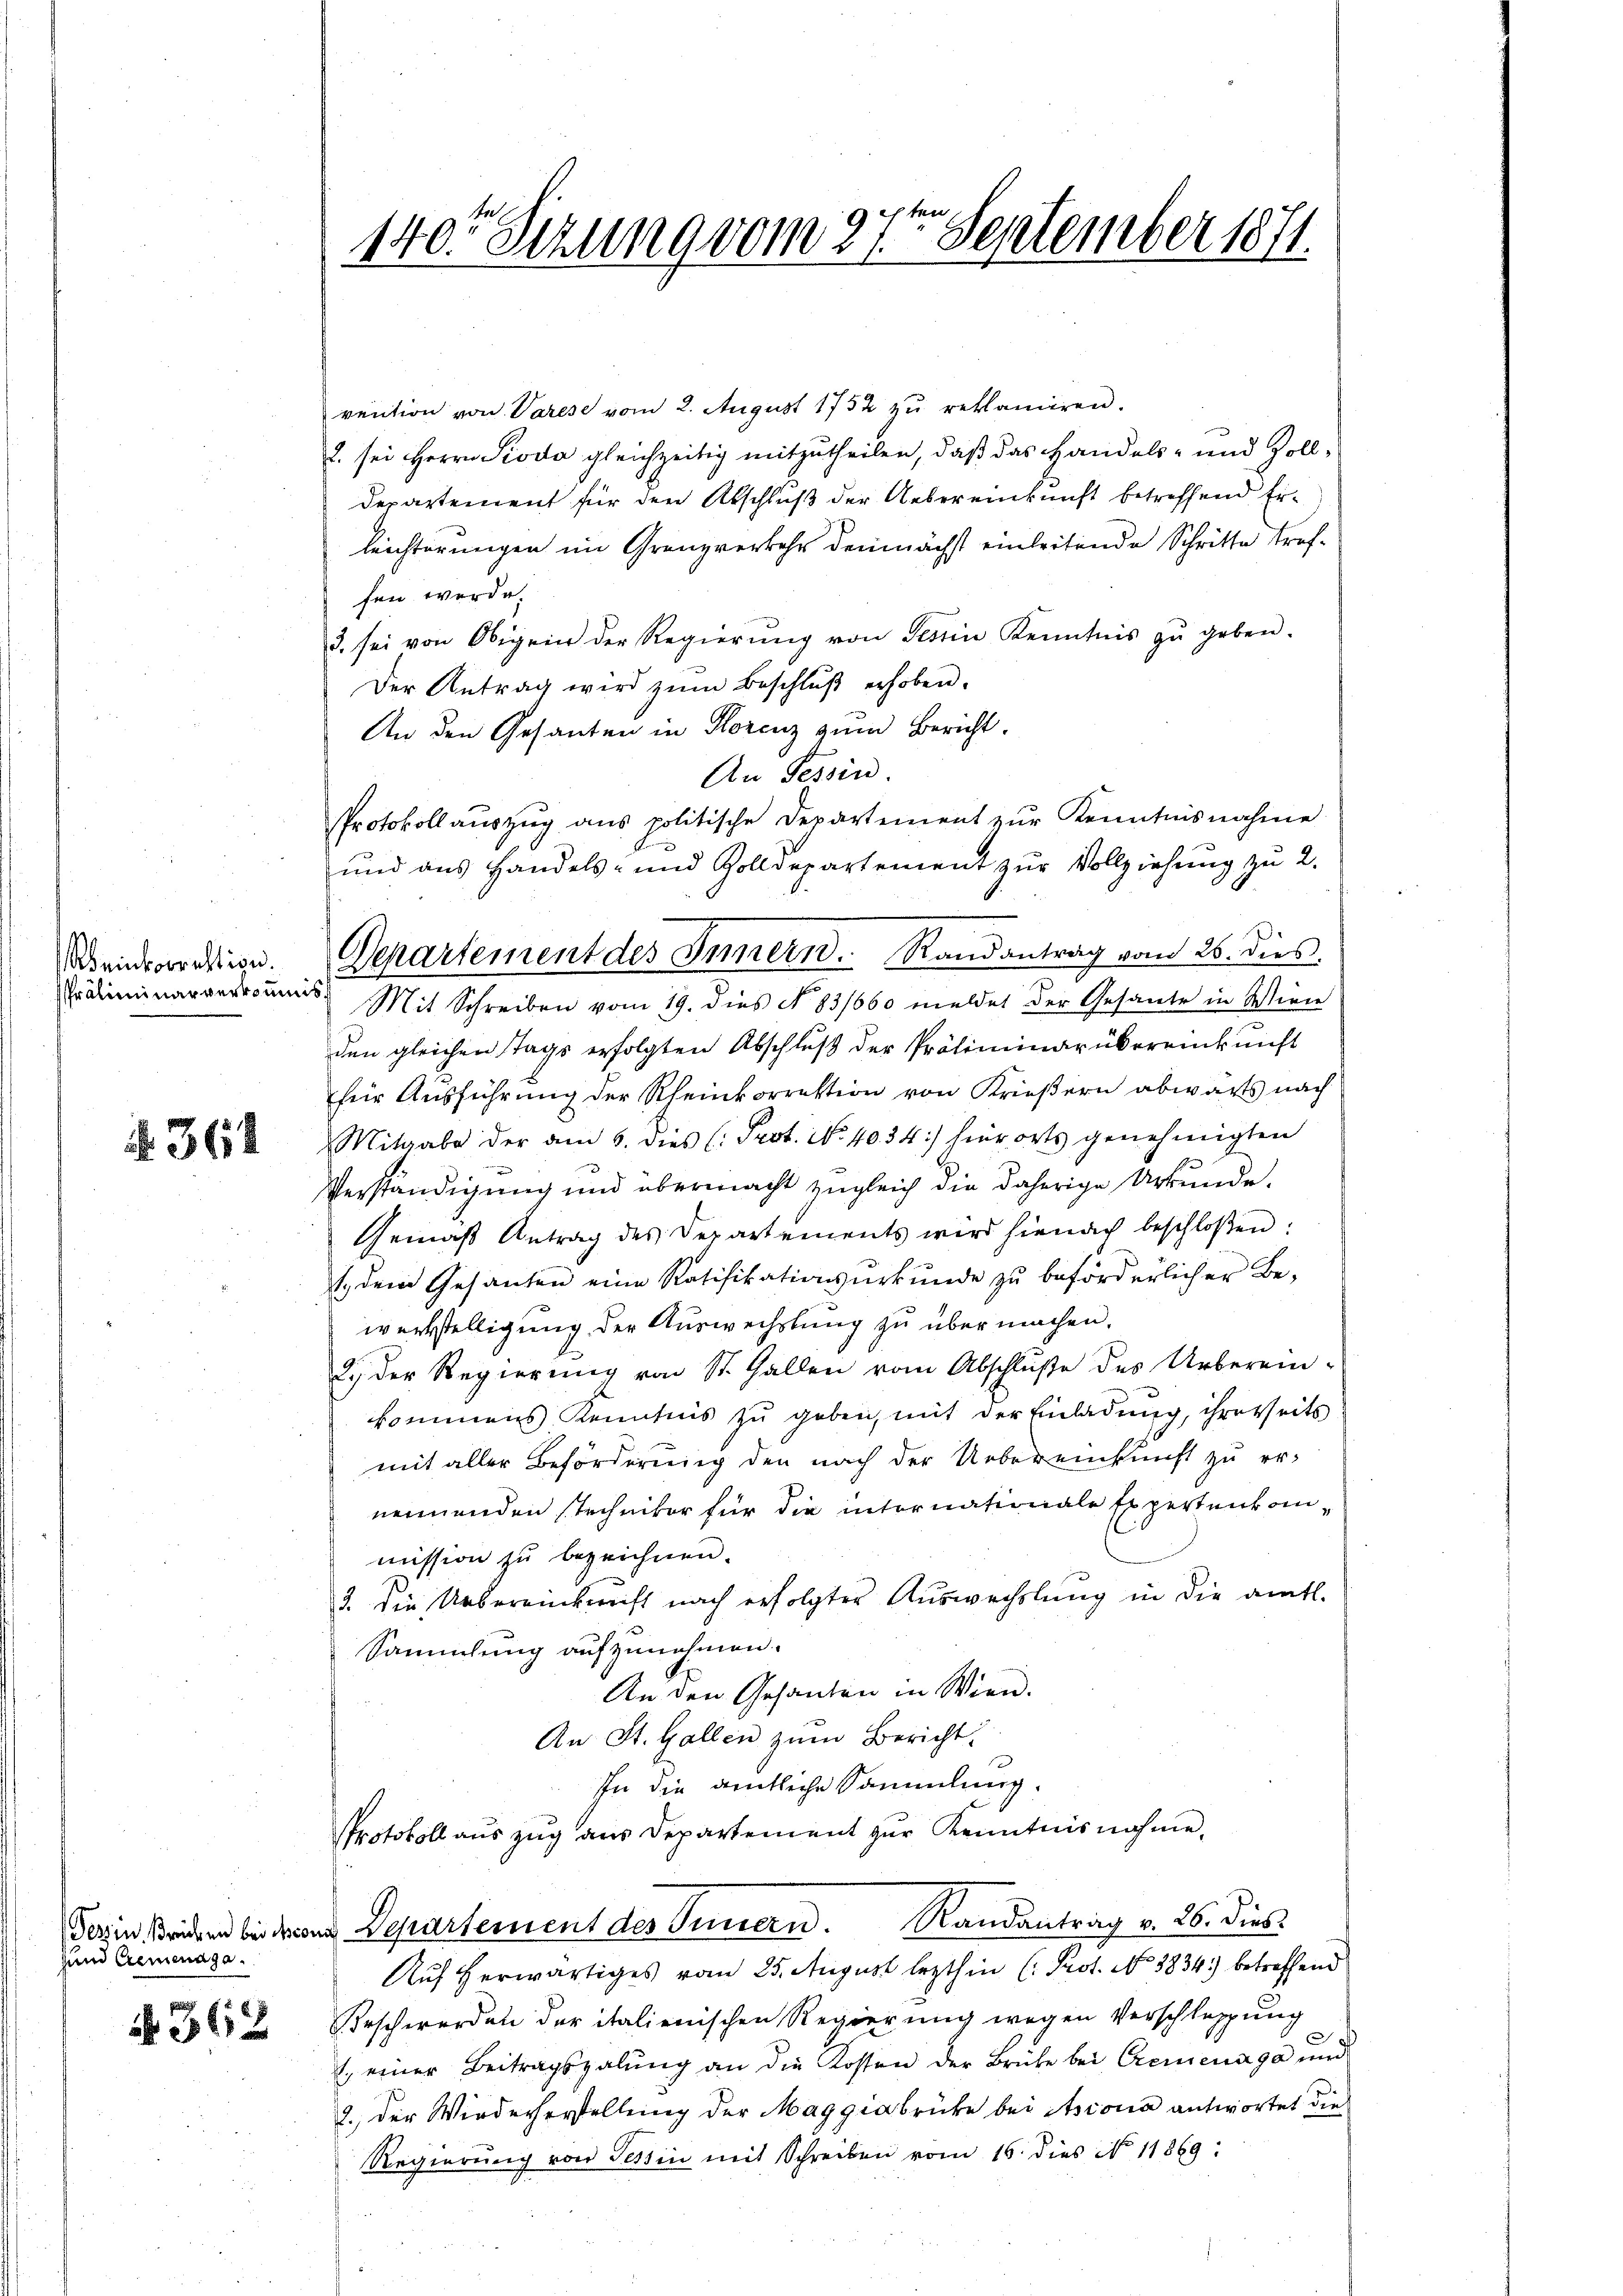
Weinkorrektion.
präliminarverkommis

362

Hund Cremenaga.

N 362

.
140. Sizung vom 11ten September 1871.

und aus Handels- und Zolldepartement zŭr Vollziehung zu 2.
Departement des Innern. Randantrag vom 26. dies
Mit Schreiben vom 19. dies No 83/660 meldet der Gesante in Wien

rention von Varese vom 2. August 1752 zu reklamiren.
2. sei Herrn Pioda gleichzeitig mitzutheilen, daß das Handels- und Zoll¬
Departement für den Abschluß der Uebereinkunft betreffend Erleichterungen im Grenzverkehr demnächst einleitende Schritte treffen werde.
3. sei von Obigen der Regierŭng von Testin Kenntnis zŭ geben.
Der Antrag wird zŭm Beschlŭβ erhoben.
An den Gesanten in Storenz zum Bericht.
An Tessin.
Protokoll aŭszŭg ans politische Departement zŭr Kenntnisnahme
den gleichen Tags erfolgten Abschluß der Präliminar übereinkunft
für Ausführung der Rheinkorrektion von Krießern abwärts nach
Mitgabe der am 6. dies (: Prot. No. 4034) hierorts genehmigten
Verständigung und übermacht zugleich die daherige Urkunde.
Gemäß Antrag des Departements wird hienach beschloßen:
1. dem Gesanten eine Ratifikationsurkunde zu beförderlicher Bewerkstelligung der Auswechslung zu übermachen.
2.) Der Regierung von St. Gallen vom Abschluße des Urberein-
kkommens Kenntnis zu geben, mit der Einladung, ihrerseits
mit aller Beförderung den nach der Uebereinkunft zu ernennenden stechnitor für die internationale Expertenkommission zu bezeichnen.
3. Die Uebereinkunft nach erfolgter Auswechslung in die amtl.
Sammlung aufzunehmen.
An den Gesanten in Wien.
An St. Gallen zŭm Bericht.
In die amtliche Sammlung.
Protokoll auszug aus Departement zur Kenntnisnahme,
Dorin Briken beschen Departement des Innern. Randantrag v. 26. dies
Auf herwärtiges vom 25. August lezthin (: Prot. No 3834) betreffend
Beschwerden der italienischen Regierung wegen Verschleppung
e
. einer Beitragszalung an die Kosten der Brüke bei Cremenaga und
2. der Wiederherstellung der Maggiabrücke bei Ascona antwortet die
Regierung von Tessin mit Schreiben vom 16. dies No 11869: